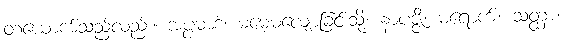
တယောက်သည်လည်း။ အပ္ပမာဒံ၊ မမေ့မလျော့ခြင်းသို့။ နာပဇ္ဇိ၊ မရောက်။ သတ္ထာ၊